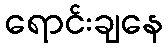
ရောင်းချနေ